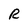
Character: R